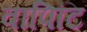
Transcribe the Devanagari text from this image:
वापिटि